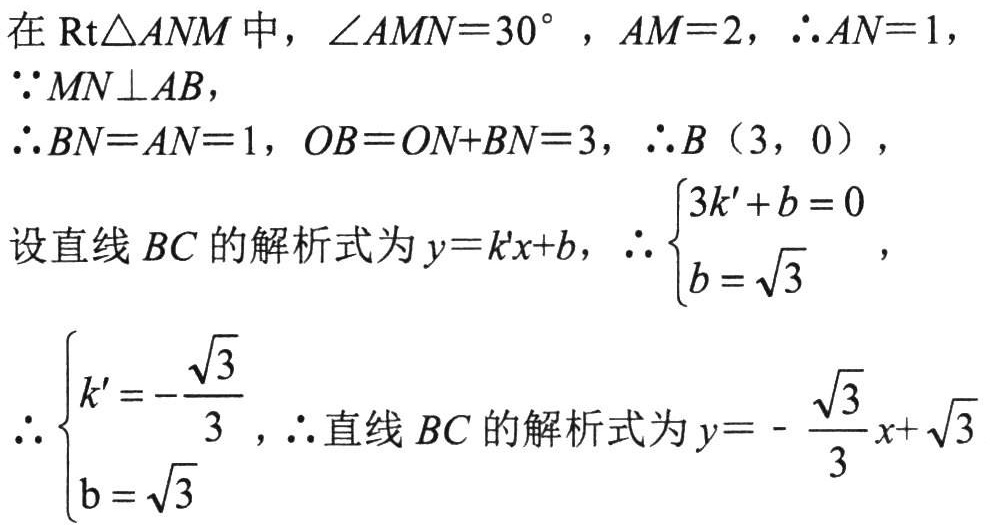
在\(\mathrm{Rt}\triangle ANM\)中，\(\angle AMN = 30^{\circ}\)，\(AM = 2\)，\(\therefore AN = 1\)，
\(\because MN\perp AB\)，
\(\therefore BN = AN = 1\)，\(OB = ON + BN = 3\)，\(\therefore B(3,0)\)，
设直线\(BC\)的解析式为\(y = k'x + b\)，\(\therefore\begin{cases}3k'+b = 0\\b=\sqrt{3}\end{cases}\)，
\(\therefore\begin{cases}k'=-\dfrac{\sqrt{3}}{3}\\b=\sqrt{3}\end{cases}\)，\(\therefore\)直线\(BC\)的解析式为\(y = -\dfrac{\sqrt{3}}{3}x+\sqrt{3}\)